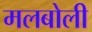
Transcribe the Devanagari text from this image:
मलबोली